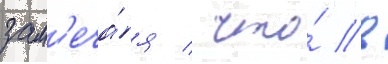
зам'еча́я / что́ в